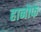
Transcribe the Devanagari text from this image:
हानोफ